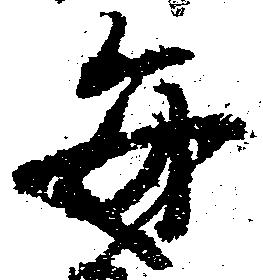
毎